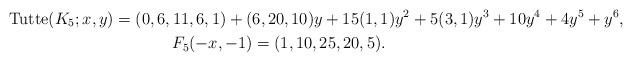
LaTeX: \begin{gather*}{\rm Tutte}(K_5;x,y)= (0,6,11,6,1)+(6,20, 10) y+ 15(1,1) y^2+ 5(3,1) y^3 +10 y^4+4 y^5+y^6,\\F_5(-x,- 1)= (1,10,25,20,5).\end{gather*}